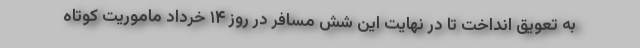
به تعویق انداخت تا در نهایت این شش مسافر در روز ۱۴ خرداد ماموریت کوتاه